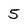
Character: 5